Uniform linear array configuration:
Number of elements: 16
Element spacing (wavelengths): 1
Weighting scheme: uniform
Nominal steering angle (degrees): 45
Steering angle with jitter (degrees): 44.978
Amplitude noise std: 0.05
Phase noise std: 0.05

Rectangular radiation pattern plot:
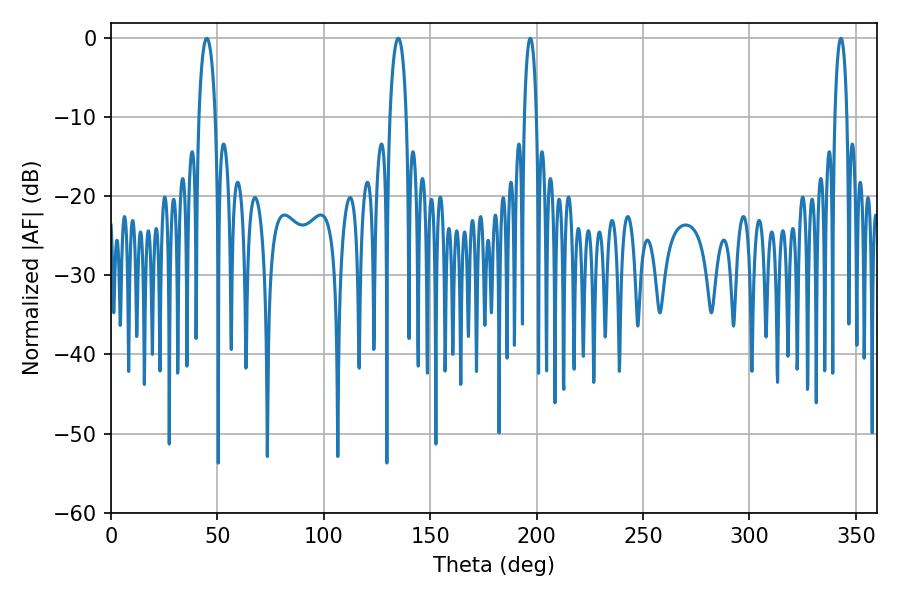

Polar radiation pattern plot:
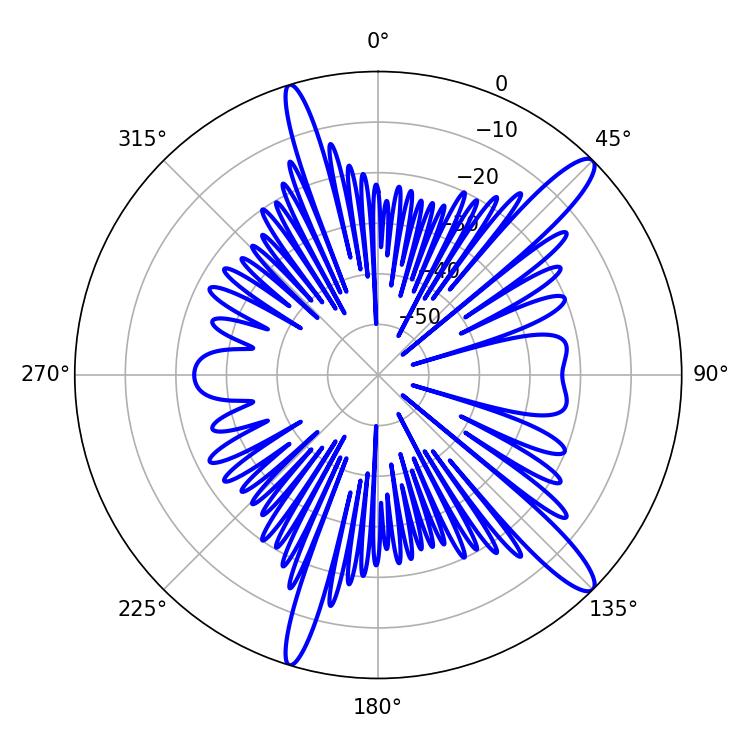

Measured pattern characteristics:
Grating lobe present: TRUE
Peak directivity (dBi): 13.669
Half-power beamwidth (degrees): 4.32
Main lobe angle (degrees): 45